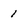
Character: 1